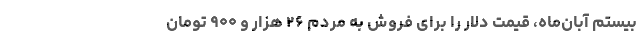
بیستم آبان‌ماه، قیمت دلار را برای فروش به مردم ۲۶ هزار و ۹۰۰ تومان